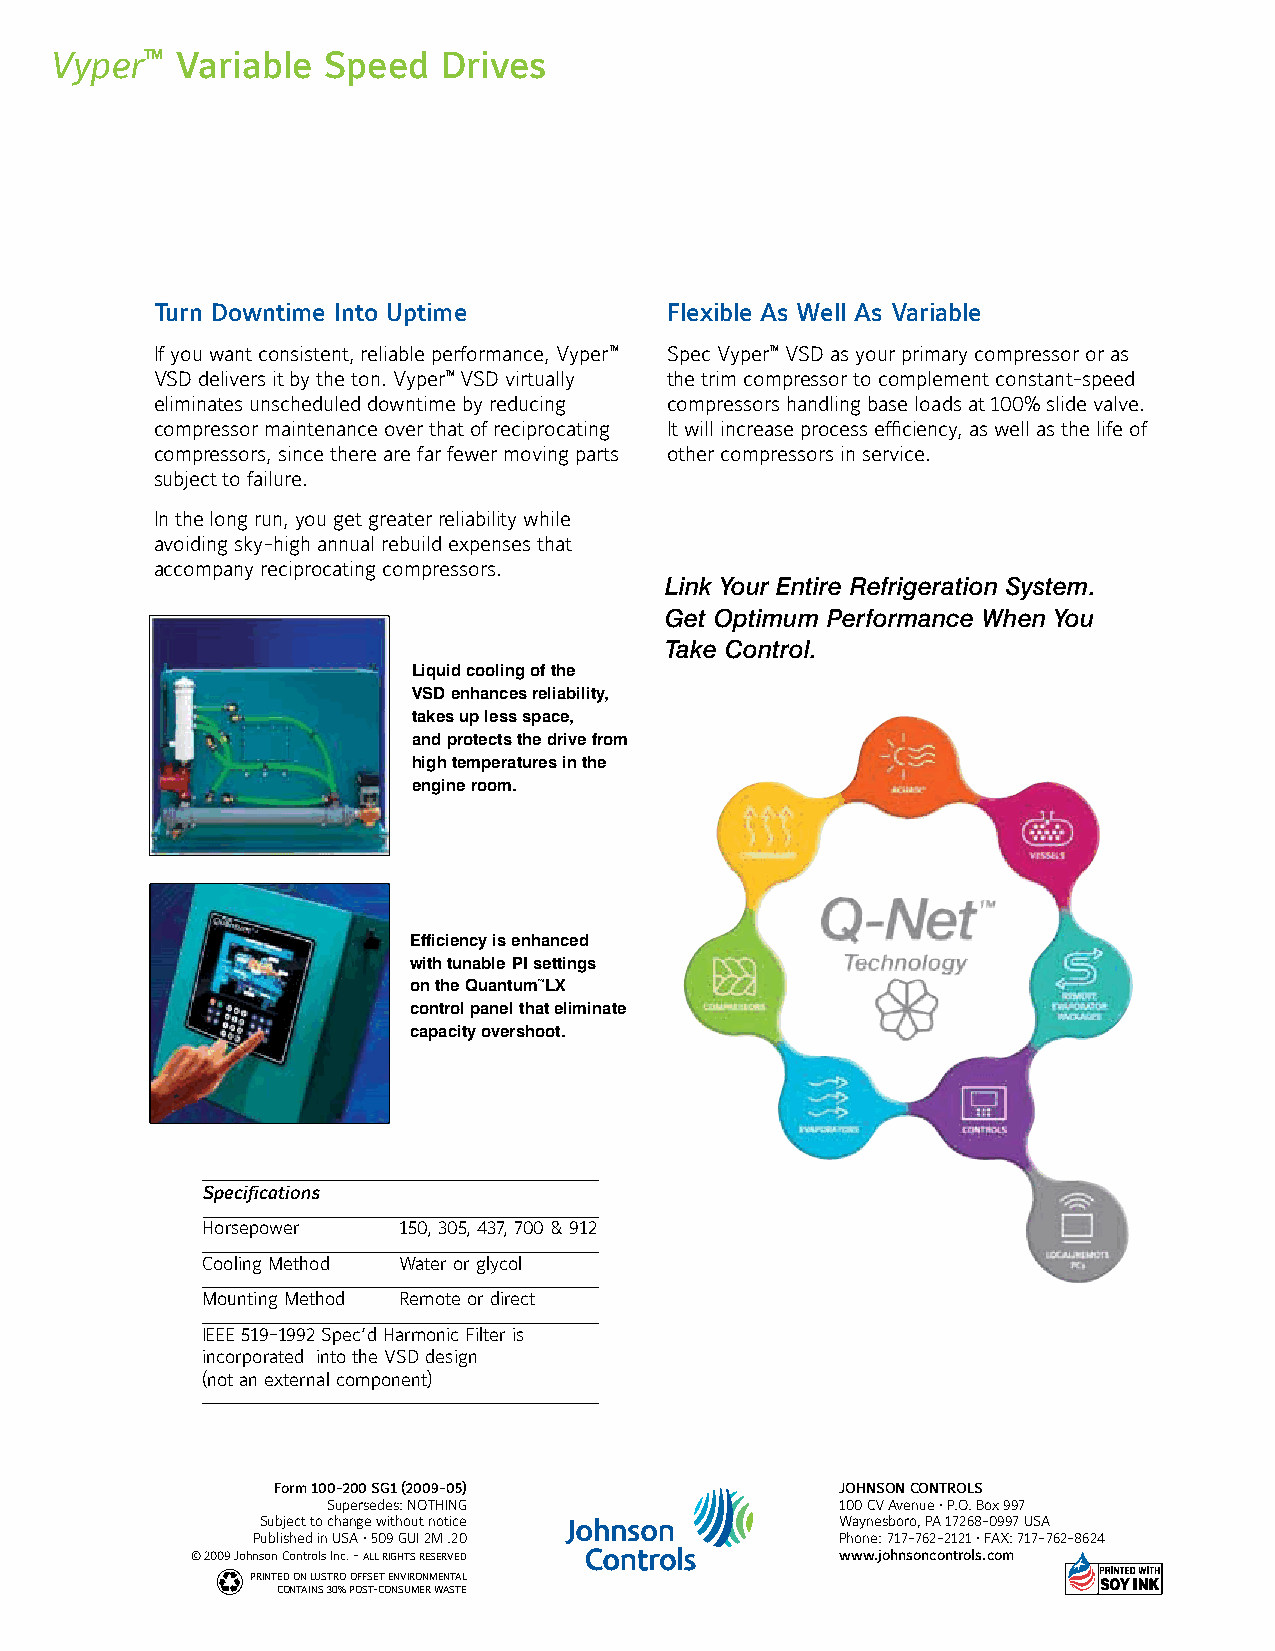
Vyper™   Variable Speed   Drives
 Turn Downtime Into Uptime         Flexible As Well As Variable
 If you want consistent, reliable performance, Vyper™ Spec Vyper™ VSD as your primary compressor or as
 VSD delivers it by the ton. Vyper™ VSD virtually the trim compressor to complement constant-speed
 eliminates unscheduled downtime by reducing compressors handling base loads at 100% slide valve.
 compressor maintenance over that of reciprocating It will increase process efficiency, as well as the life of
 compressors, since there are far fewer moving parts other compressors in service.
 subject to failure.
 In the long run, you get greater reliability while
 avoiding sky-high annual rebuild expenses that
 accompany reciprocating compressors.
 Link Your Entire Refrigeration System.
 Get Optimum Performance When You
 Take Control.
 Liquid cooling of the
 VSD enhances reliability,
 takes up less space,
 and protects the drive from
 high temperatures in the
 engine room.
 Efficiency is enhanced
 with tunable PI settings
 on the Quantum™LX
 control panel that eliminate
 capacity overshoot.
 Specifications
 Horsepower   150, 305, 437, 700 & 912
 Cooling Method Water or glycol
 Mounting Method Remote or direct
 IEEE 519-1992 Spec’d Harmonic Filter is
 incorporated into the VSD design
 (not an external component)
 Form 100-200 SG1 (2009-05)            JOhnSOn COnTROLS
 Supersedes: NOTHING               100 CV Avenue • P.O. Box 997
 Subject to change without notice       Waynesboro, PA 17268-0997 USA
 Published in USA • 509 GUI 2M .20      Phone: 717-762-2121 • FAX: 717-762-8624
 © 2009 Johnson Controls Inc. - ALL RIGHTS RESERVED www.johnsoncontrols.com
 PRINTED ON LUSTRO OFFSET ENVIRONMENTAL
 CONTAINS 30% POST-CONSUMER WASTE